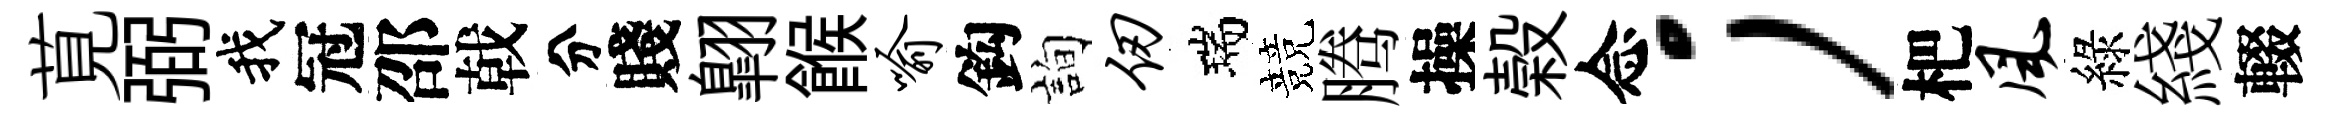
莧弼我冠邵戟分賤翺餱喻鈎詢仞瑞競腾操榖念；杷风綠綫輟